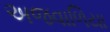
અજવાળિયા